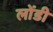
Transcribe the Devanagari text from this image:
लोंडी